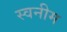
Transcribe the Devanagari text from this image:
स्वनीम